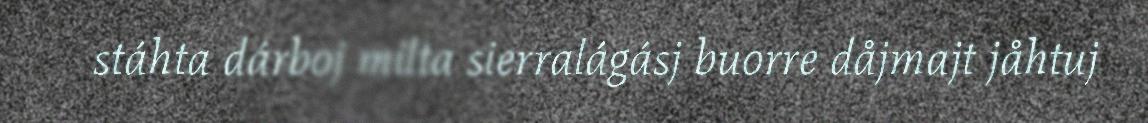
stáhta dárboj milta sierralágásj buorre dåjmajt jåhtuj